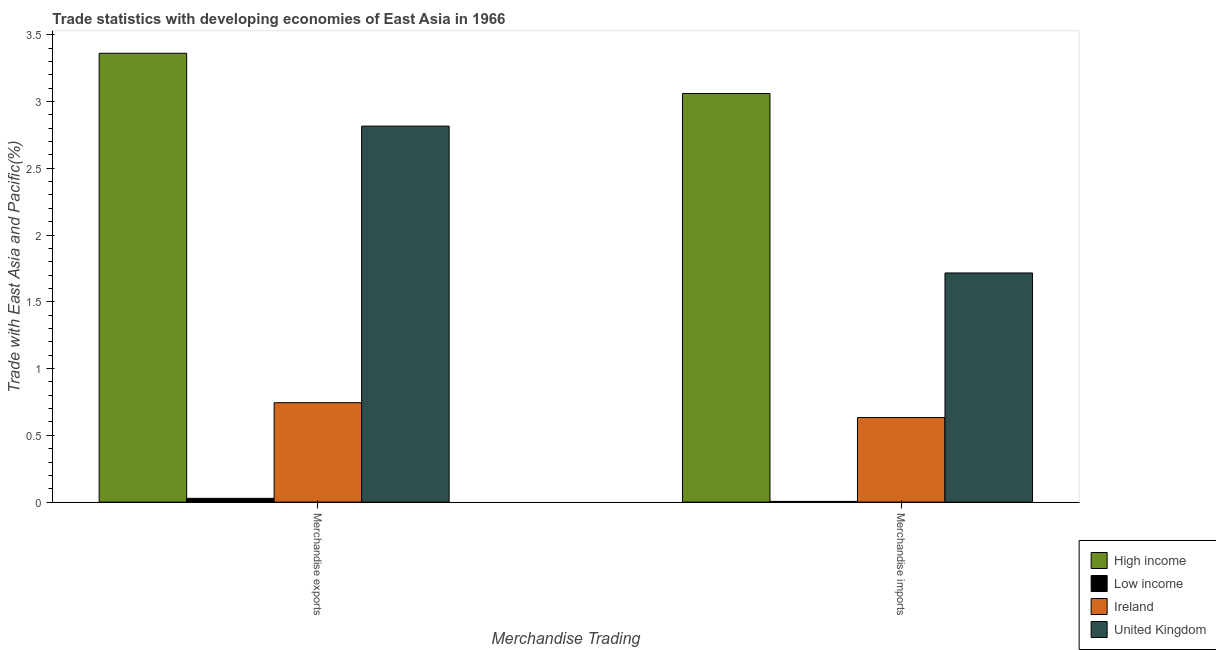
| Merchandise Trading | High income | Low income | Ireland | United Kingdom |
 | --- | --- | --- | --- | --- |
 | Merchandise exports | 3.36 | 0.0285 | 0.745 | 2.82 |
 | Merchandise imports | 3.06 | 0.00544 | 0.634 | 1.72 |